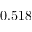
0 . 5 1 8